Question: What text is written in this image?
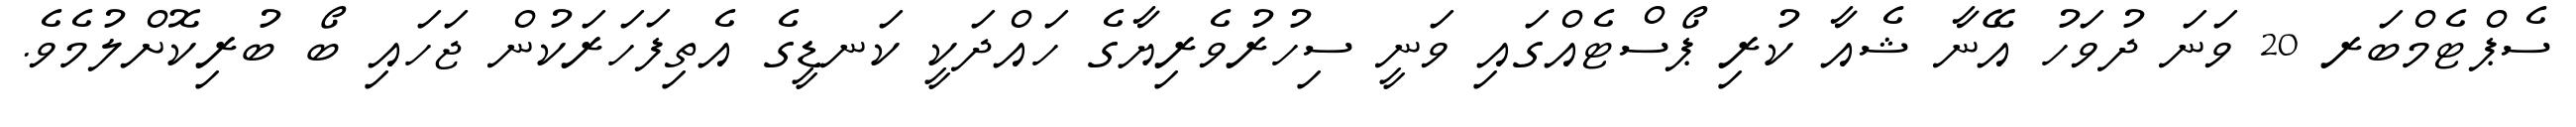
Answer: ސެޕްޓެމްބަރ 20 ވަނަ ދުވަހު އޭނާ ޝެއާ ކުރި ޕޯސްޓެއްގައި ވަނީ ސިހުރުވެރިޔާގެ ހައްދަކީ ކަނޑީގެ އެތިފަހަރަކުން ޖަހައި ބޯ ބުރިކޮށްލުމެވެ.